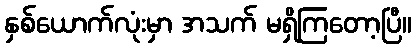
နှစ်ယောက်လုံးမှာ အသက် မရှိကြတော့ပြီ။